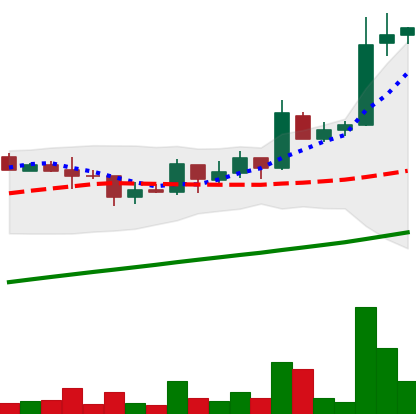
Ticker: LTC-USD
Chart end date: 2017-08-29
Forward return: 21.65%
Label: up_7plus